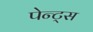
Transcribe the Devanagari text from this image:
पेन्ट्‌स